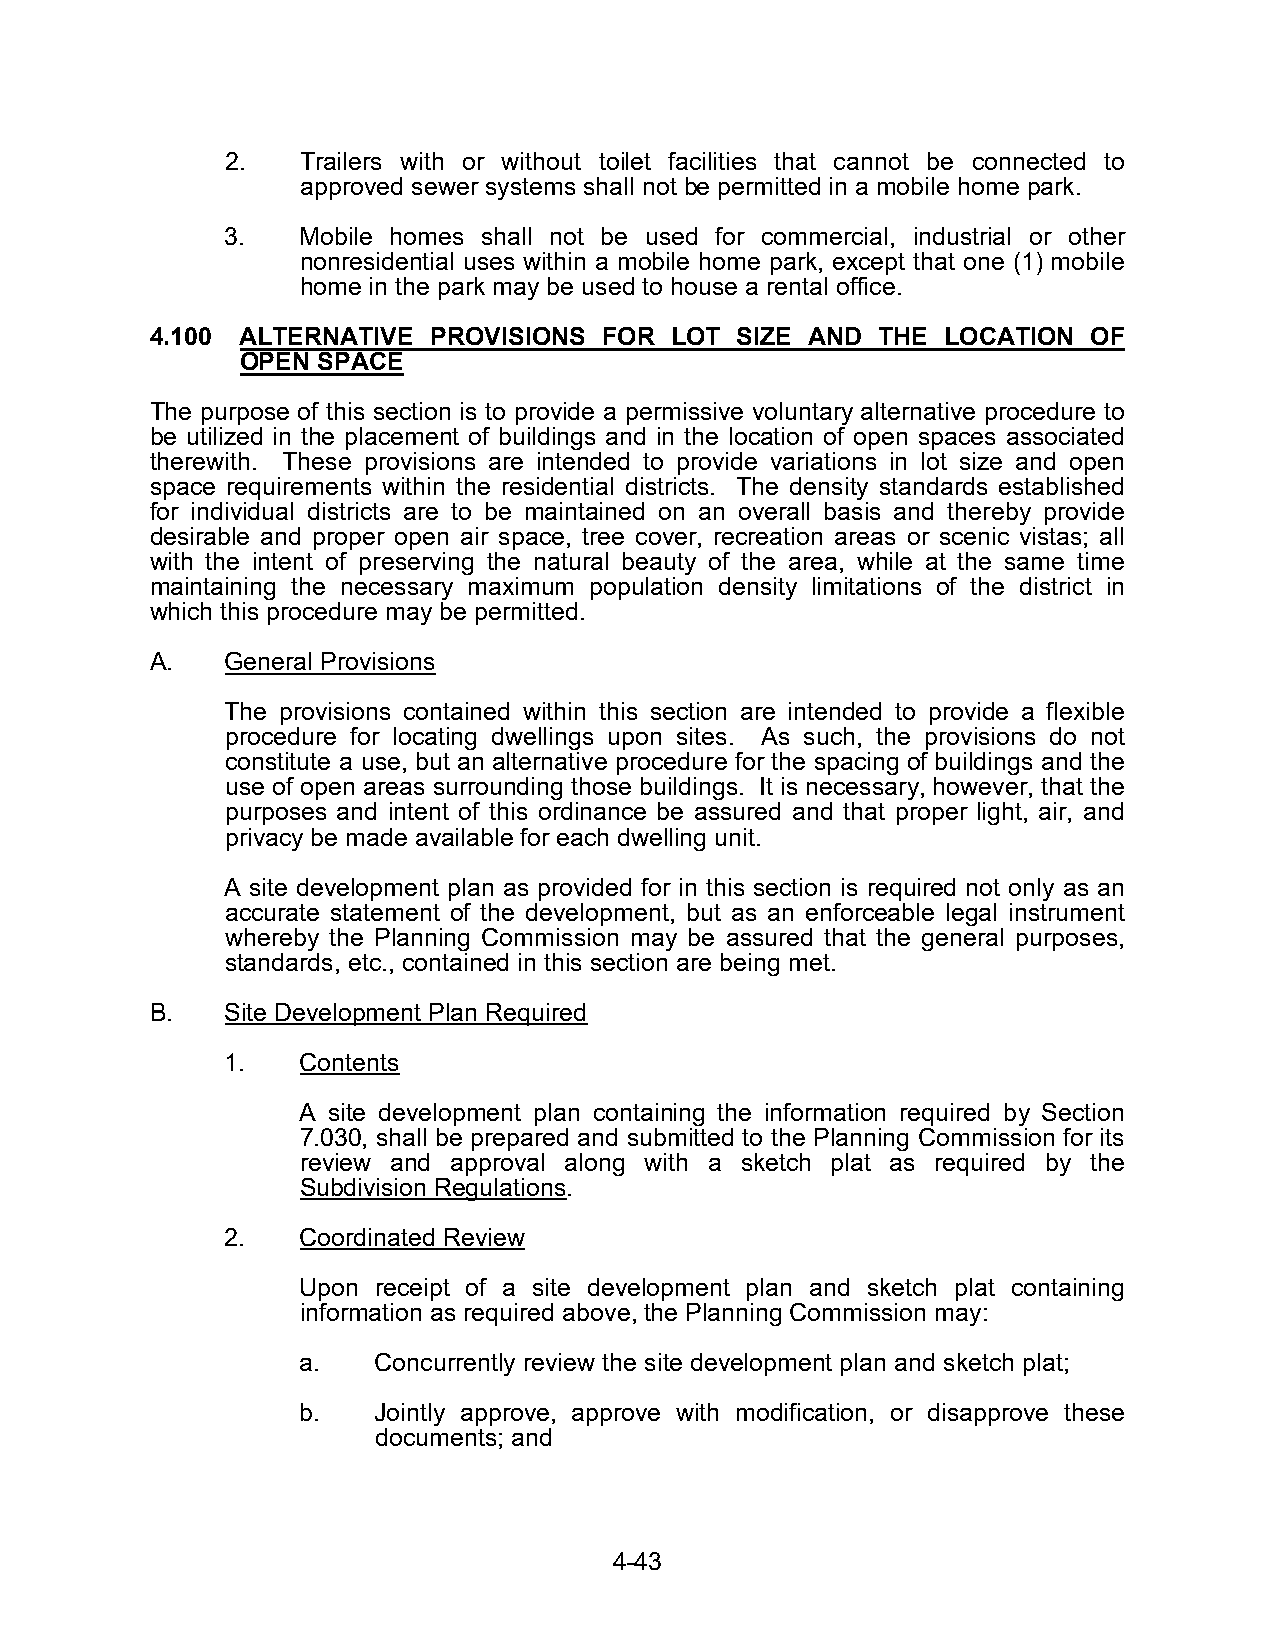
2.   Trailers with or without toilet facilities that cannot be connected to
 approved sewer systems shall not be permitted in a mobile home park.
 3.   Mobile homes shall not be used for commercial, industrial or other
 nonresidential uses within a mobile home park, except that one (1) mobile
 home in the park may be used to house a rental office.
 4.100 ALTERNATIVE  PROVISIONS FOR LOT  SIZE AND THE LOCATION  OF
 OPEN SPACE
 The purpose of this section is to provide a permissive voluntary alternative procedure to
 be utilized in the placement of buildings and in the location of open spaces associated
 therewith. These provisions are intended to provide variations in lot size and open
 space requirements within the residential districts. The density standards established
 for individual districts are to be maintained on an overall basis and thereby provide
 desirable and proper open air space, tree cover, recreation areas or scenic vistas; all
 with the intent of preserving the natural beauty of the area, while at the same time
 maintaining the necessary maximum population density limitations of the district in
 which this procedure may be permitted.
 A.   General Provisions
 The provisions contained within this section are intended to provide a flexible
 procedure for locating dwellings upon sites. As such, the provisions do not
 constitute a use, but an alternative procedure for the spacing of buildings and the
 use of open areas surrounding those buildings. It is necessary, however, that the
 purposes and intent of this ordinance be assured and that proper light, air, and
 privacy be made available for each dwelling unit.
 A site development plan as provided for in this section is required not only as an
 accurate statement of the development, but as an enforceable legal instrument
 whereby the Planning Commission may be assured that the general purposes,
 standards, etc., contained in this section are being met.
 B.   Site Development Plan Required
 1.   Contents
 A site development plan containing the information required by Section
 7.030, shall be prepared and submitted to the Planning Commission for its
 review and approval along with a sketch plat as required by the
 Subdivision Regulations.
 2.   Coordinated Review
 Upon receipt of a site development plan and sketch plat containing
 information as required above, the Planning Commission may:
 a.   Concurrently review the site development plan and sketch plat;
 b.   Jointly approve, approve with modification, or disapprove these
 documents; and
 4-43